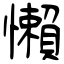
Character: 懶